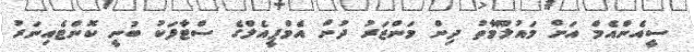
ސީއެންއެމް އަށް މައުލޫމާތު ދިން މަންޒަރު ދުށް އެމްޕީއެލްގެ ސްޓާފަކު ބުނީ ކޮންޓެއިނަރު